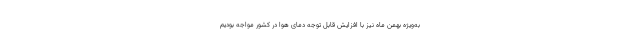
به‌ویژه بهمن ماه نیز با افزایش قابل توجه دمای هوا در کشور مواجه بودیم